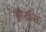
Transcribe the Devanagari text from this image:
ब्रोर्खेस